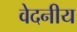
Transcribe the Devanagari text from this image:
वेदनीय